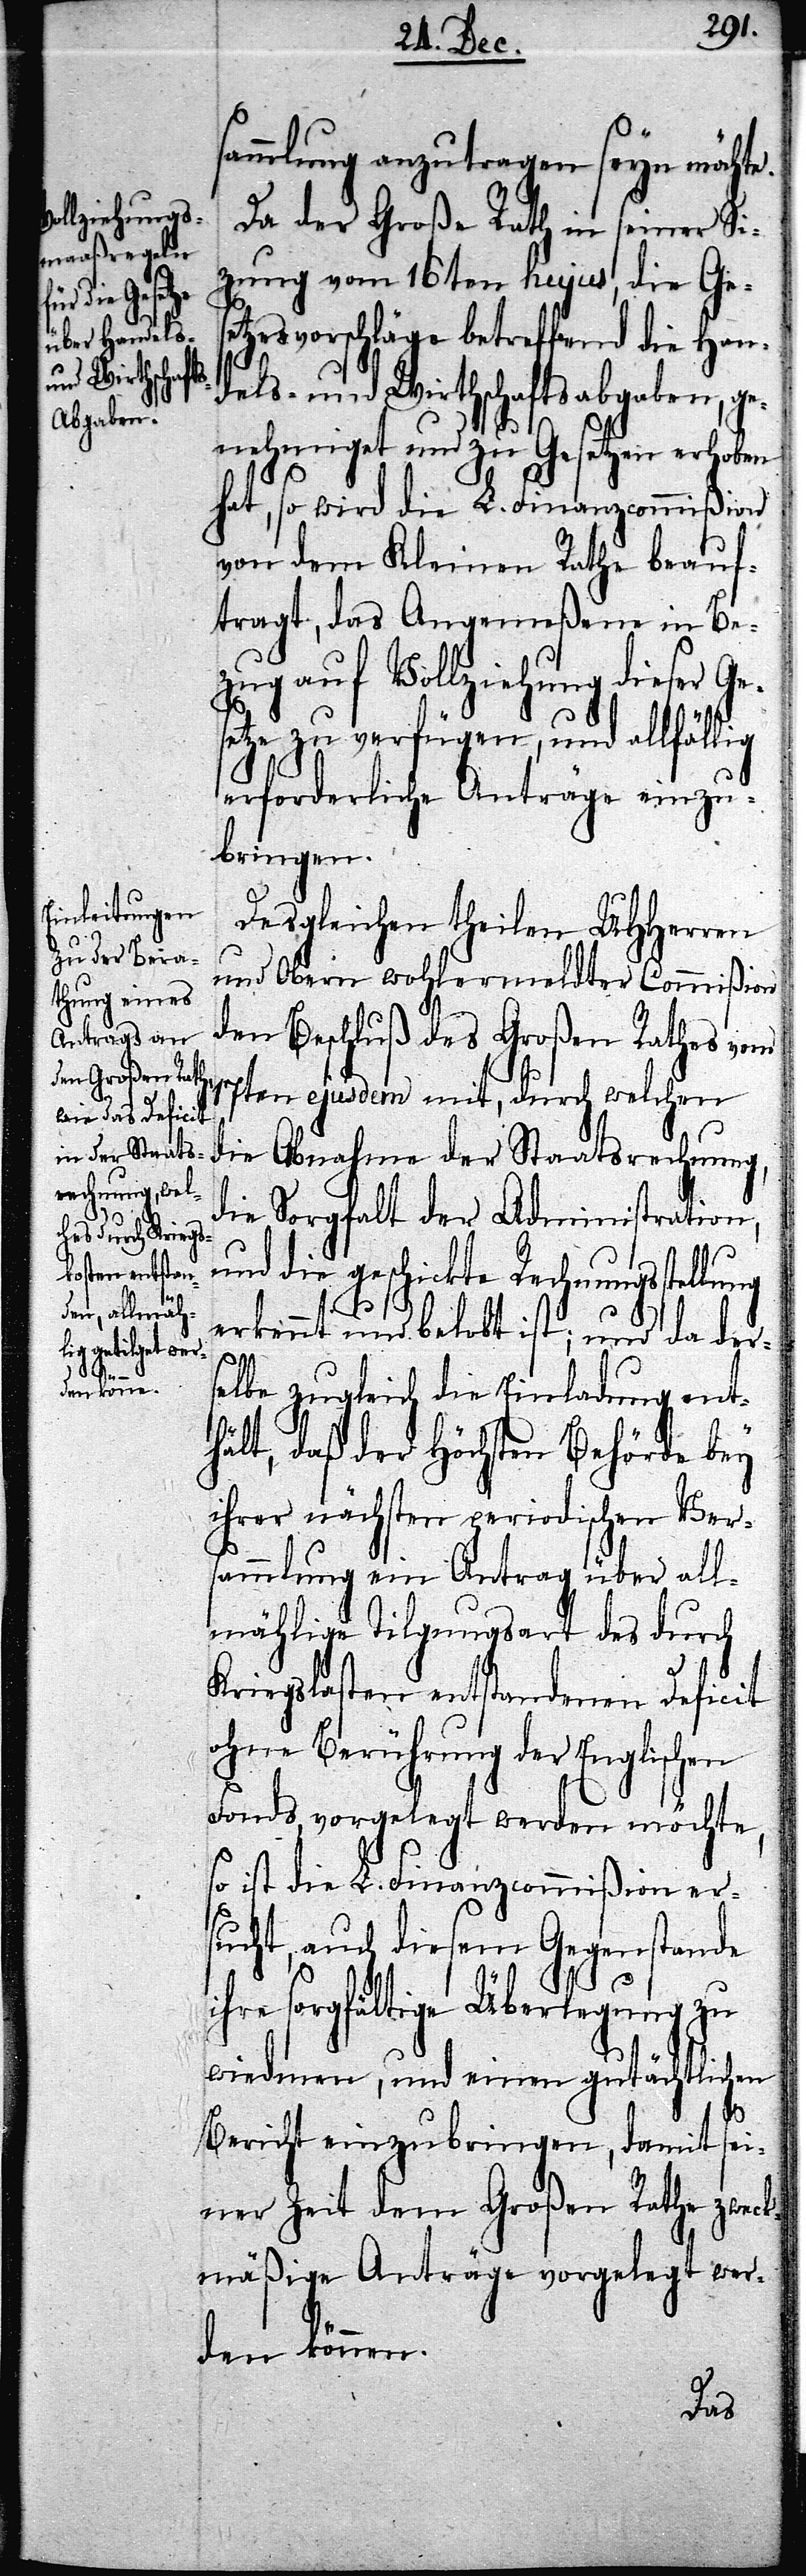
sammlung anzutragen seyn möchte.
Da der Große Rath in seiner Si¬
tzung vom 16ten hujus, die Ges¬
etzesvorschläge betreffend die Han¬
dels- und Wirthschaftsabgaben, ge¬
nehmiget und zu Gesetzen erhoben
hat, so wird die L. Finanzcommißion
von dem Kleinen Rathe beauf¬
tragt, das Angemeßene in Be¬
zug auf Vollziehung dieser Ge¬
setze zu verfügen, und allfällig
erforderliche Anträge einzu¬
bringen.
Desgleichen theilen UHHerren
und Obern wohlermeldter Commißion
den Beschluß des Großen Rathes vom
17ten ejusdem mit, durch welchen
die Abnahme der Staatsrechnung,
die Sorgfalt der Administration,
und die geschickte Rechnungsstellung
erkennt und und belobt ist; und da ders¬
elbe zugleich die Einladung ent¬
hält, daß der Höchsten Behörde bey
ihrer nächsten periodischen Ver¬
sammlung ein Antrag über all¬
mählige Tilgungsart des durch
Kriegslasten entstandenen Deficit
ohne Berührung der Englischen
Fonds vorgelegt werden möchte,
so ist die L. Finanzcommißion er¬
sucht, auch diesem Gegenstande
ihre sorgfältige Überlegung zu
wiedmen, und einen gutächtlichen
Bericht einzubringen, damit sei¬
ner Zeit dem Großen Rathe zweck¬
mäßige Anträge vorgelegt wer¬
den können.